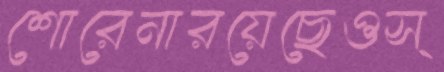
শোরেনারয়েছেওস্